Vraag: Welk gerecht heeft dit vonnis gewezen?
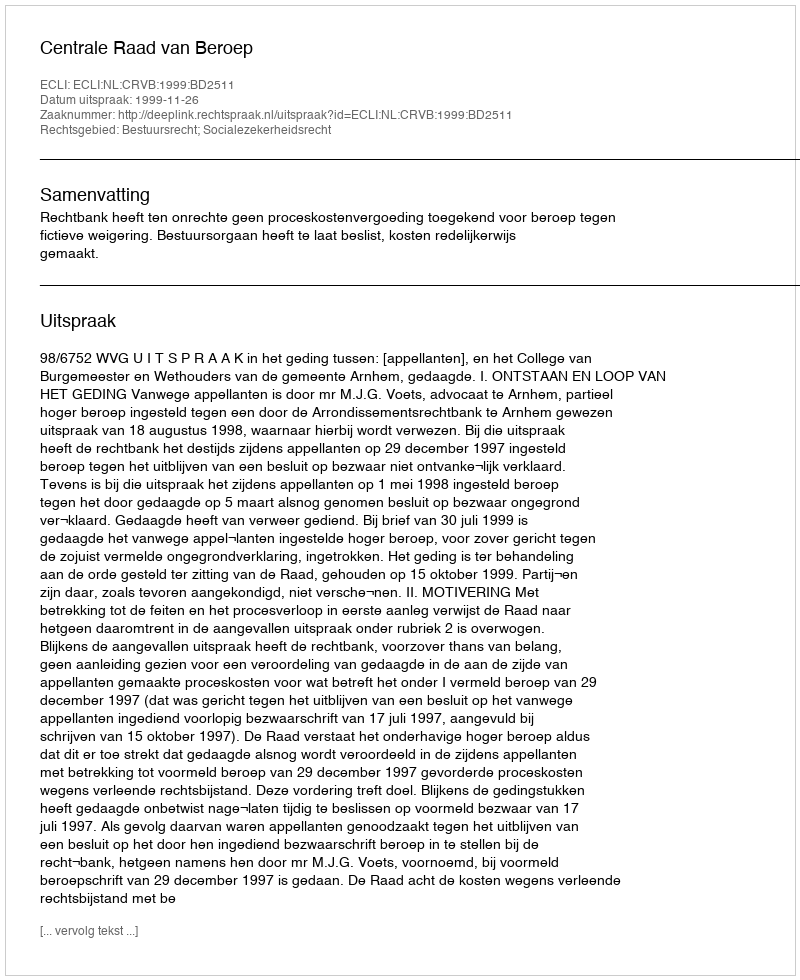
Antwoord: Centrale Raad van Beroep